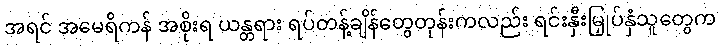
အရင် အမေရိကန် အစိုးရ ယန္တရား ရပ်တန့်ချိန်တွေတုန်းကလည်း ရင်းနှီးမြှုပ်နှံသူတွေက